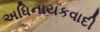
અધિનાયકવાદી